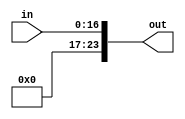
`timescale 1ns / 1ns

module zeroextender(in, out);
	input  [16:0] in;
	output [23:0] out;
		
	assign out = {7'd0, in};

endmodule